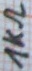
Text: 1KΩ